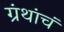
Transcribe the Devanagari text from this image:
ग्रंथांचं